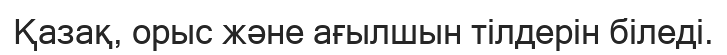
Қазақ, орыс және ағылшын тілдерін біледі.